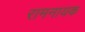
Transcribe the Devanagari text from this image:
रामनायक